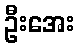
ဦးအေး